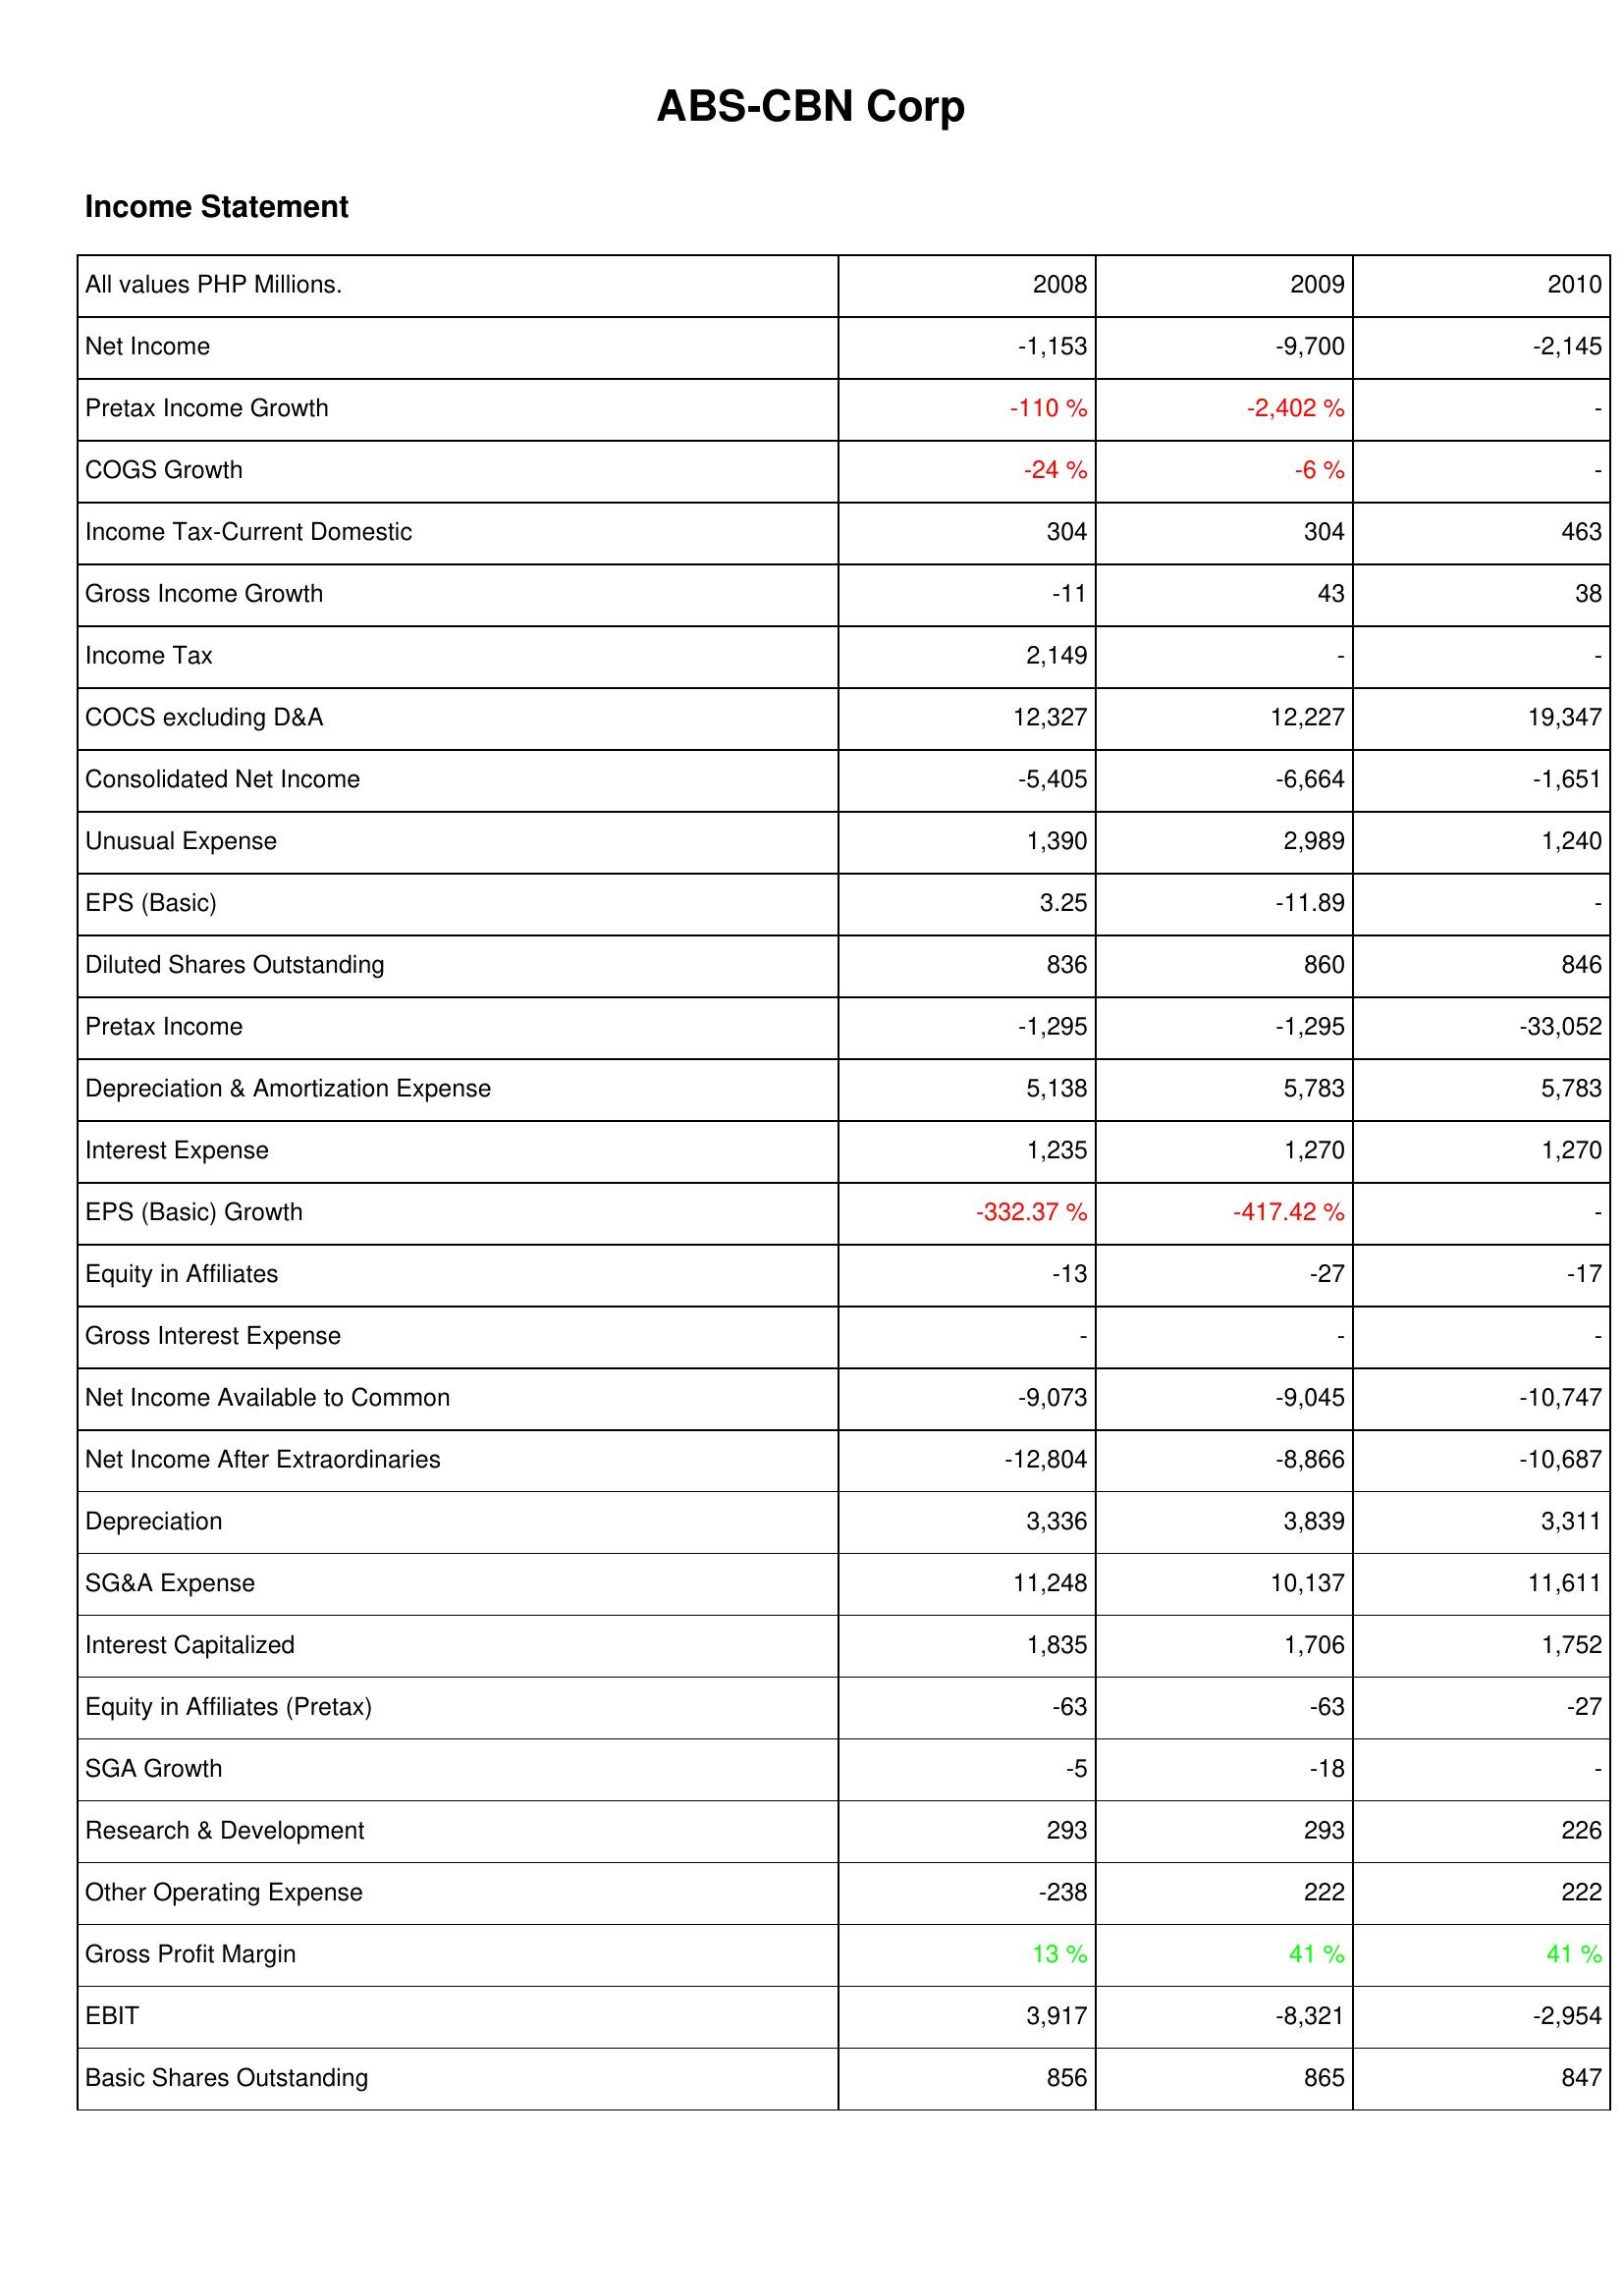
2008: Income Statement: Net Income: -1,153
Pretax Income Growth: -110 %
COGS Growth: -24 %
Income Tax-Current Domestic: 304
Gross Income Growth: -11
Income Tax: 2,149
COCS excluding D&A: 12,327
Consolidated Net Income: -5,405
Unusual Expense: 1,390
EPS (Basic): 3.25
Diluted Shares Outstanding: 836
Pretax Income: -1,295
Depreciation & Amortization Expense: 5,138
Interest Expense: 1,235
EPS (Basic) Growth: -332.37 %
Equity in Affiliates: -13
Gross Interest Expense: -
Net Income Available to Common: -9,073
Net Income After Extraordinaries: -12,804
Depreciation: 3,336
SG&A Expense: 11,248
Interest Capitalized: 1,835
Equity in Affiliates (Pretax): -63
SGA Growth: -5
Research & Development: 293
Other Operating Expense: -238
Gross Profit Margin: 13 %
EBIT: 3,917
Basic Shares Outstanding: 856
2009: Income Statement: Net Income: -9,700
Pretax Income Growth: -2,402 %
COGS Growth: -6 %
Income Tax-Current Domestic: 304
Gross Income Growth: 43
Income Tax: -
COCS excluding D&A: 12,227
Consolidated Net Income: -6,664
Unusual Expense: 2,989
EPS (Basic): -11.89
Diluted Shares Outstanding: 860
Pretax Income: -1,295
Depreciation & Amortization Expense: 5,783
Interest Expense: 1,270
EPS (Basic) Growth: -417.42 %
Equity in Affiliates: -27
Gross Interest Expense: -
Net Income Available to Common: -9,045
Net Income After Extraordinaries: -8,866
Depreciation: 3,839
SG&A Expense: 10,137
Interest Capitalized: 1,706
Equity in Affiliates (Pretax): -63
SGA Growth: -18
Research & Development: 293
Other Operating Expense: 222
Gross Profit Margin: 41 %
EBIT: -8,321
Basic Shares Outstanding: 865
2010: Income Statement: Net Income: -2,145
Pretax Income Growth: -
COGS Growth: -
Income Tax-Current Domestic: 463
Gross Income Growth: 38
Income Tax: -
COCS excluding D&A: 19,347
Consolidated Net Income: -1,651
Unusual Expense: 1,240
EPS (Basic): -
Diluted Shares Outstanding: 846
Pretax Income: -33,052
Depreciation & Amortization Expense: 5,783
Interest Expense: 1,270
EPS (Basic) Growth: -
Equity in Affiliates: -17
Gross Interest Expense: -
Net Income Available to Common: -10,747
Net Income After Extraordinaries: -10,687
Depreciation: 3,311
SG&A Expense: 11,611
Interest Capitalized: 1,752
Equity in Affiliates (Pretax): -27
SGA Growth: -
Research & Development: 226
Other Operating Expense: 222
Gross Profit Margin: 41 %
EBIT: -2,954
Basic Shares Outstanding: 847